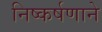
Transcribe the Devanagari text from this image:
निष्कर्षणाने